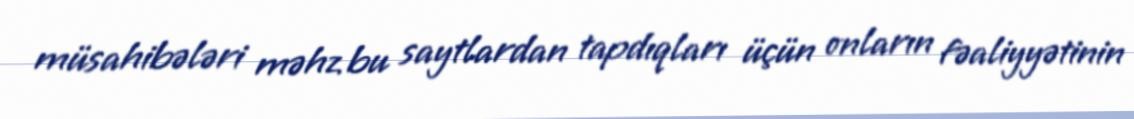
müsahibələri məhz bu saytlardan tapdıqları üçün onların fəaliyyətinin